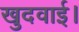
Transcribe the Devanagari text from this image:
खुदवाई।